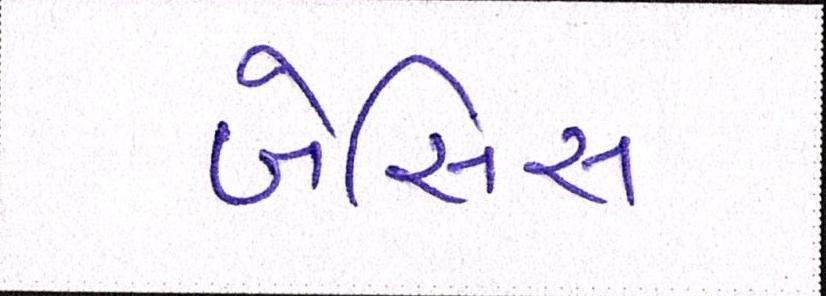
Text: બેસિસ